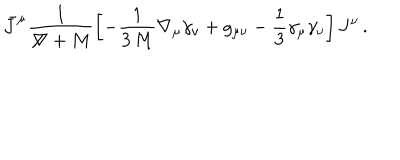
\bar { J } ^ { \mu } \frac { 1 } { \not \! \nabla + M } \left[ - \frac { 1 } { 3 \, M } \nabla _ { \mu } \gamma _ { \nu } + g _ { \mu \nu } - \frac { 1 } { 3 } \gamma _ { \mu } \gamma _ { \nu } \right] J ^ { \nu } \, .